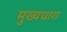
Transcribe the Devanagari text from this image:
मुख्‍यधारा